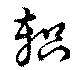
軹